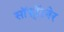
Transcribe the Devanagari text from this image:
सॉफॉ्टवेर